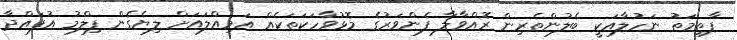
ފާތިމަތު ނަހުލާއަކީ ބެލުންތެރިން ރޮއްވާލާ ފެންވަރުގެ މޮޅުވާހަކަތަކެއް އަމިއްލައަށް ލިޔެގެން ފިލްމު އުފައްދާ